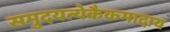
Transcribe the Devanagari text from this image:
समुदयत्येकैकमादाय